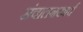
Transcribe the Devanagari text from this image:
संचालनकार्य